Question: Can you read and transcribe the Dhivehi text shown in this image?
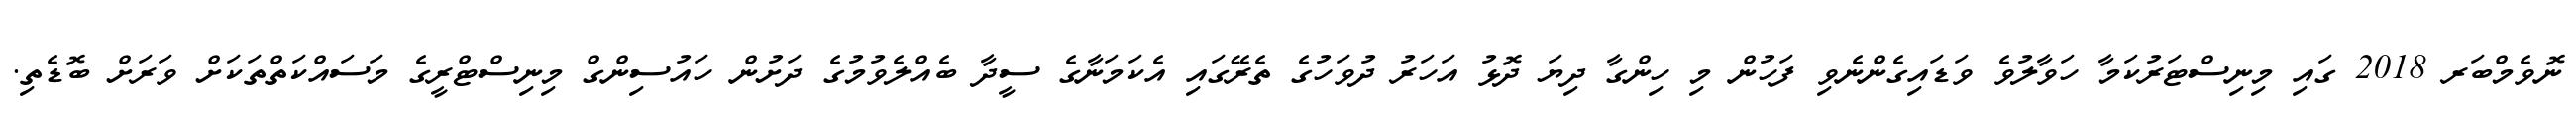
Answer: ނޮވެމްބަރ 2018 ގައި މިނިސްޓަރުކަމާ ހަވާލުވެ ވަޑައިގެންނެވި ފަހުން މި ހިންގާ ދިޔަ ދޮޅު އަހަރު ދުވަހުގެ ތެރޭގައި އެކަމަނާގެ ސީދާ ބެއްލެވުމުގެ ދަށުން ހައުސިންގް މިނިސްޓްރީގެ މަސައްކަތްތަކަށް ވަރަށް ބޮޑެތި.